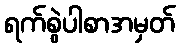
ရက်စွဲပါစာအမှတ်